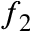
f _ { 2 }